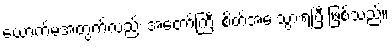
ယောက်မအတွက်လည်း အတော်ကြီး စိတ်အေးသွားရပြီ ဖြစ်သည်။